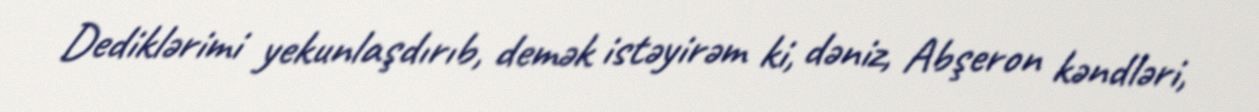
Dediklərimi yekunlaşdırıb, demək istəyirəm ki, dəniz, Abşeron kəndləri,